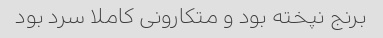
برنج نپخته بود و متکارونی کاملا سرد بود